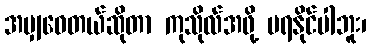
အမျှဝေတယ်ဆိုတာ ကုသိုလ်အဖို့ မရနိုင်ပါဘူး၊